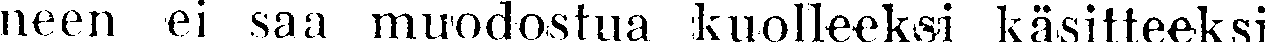
neen ei saa muodostua kuolleeksi käsitteeksi